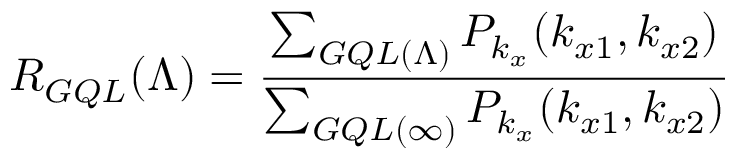
R _ { G Q L } ( \Lambda ) = \frac { \sum _ { G Q L ( \Lambda ) } P _ { k _ { x } } ( k _ { x 1 } , k _ { x 2 } ) } { \sum _ { G Q L ( \infty ) } P _ { k _ { x } } ( k _ { x 1 } , k _ { x 2 } ) }